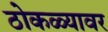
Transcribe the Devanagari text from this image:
ठोकळ्यावर